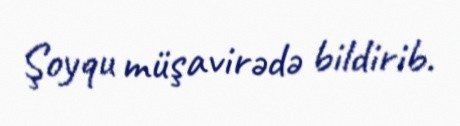
Şoyqu müşavirədə bildirib.